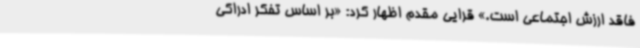
فاقد ارزش اجتماعی است.» قرایی مقدم اظهار کرد: «بر اساس تفکر ادراکی